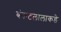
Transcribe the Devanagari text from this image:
बंकटलालाकडे